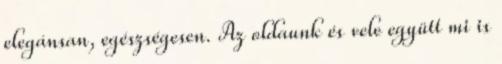
elegánsan, egészségesen. Az oldaunk és vele együtt mi is